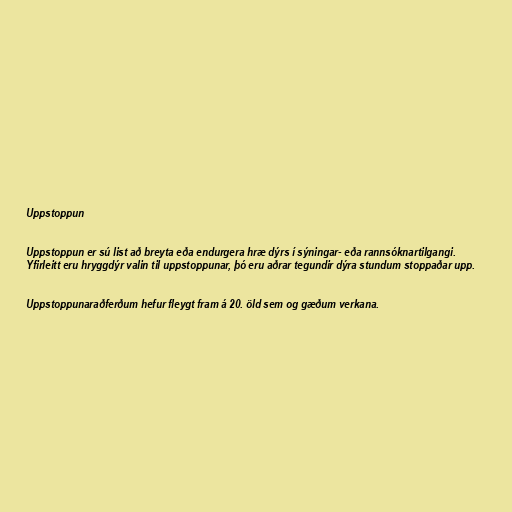
Uppstoppun

Uppstoppun er sú list að breyta eða endurgera hræ dýrs í sýningar- eða rannsóknartilgangi.
Yfirleitt eru hryggdýr valin til uppstoppunar, þó eru aðrar tegundir dýra stundum stoppaðar upp.

Uppstoppunaraðferðum hefur fleygt fram á 20. öld sem og gæðum verkana.